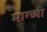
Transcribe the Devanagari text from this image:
माग्च्या